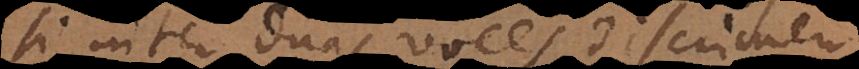
si inter duas voces discrimen